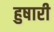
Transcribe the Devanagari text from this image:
हुषारी